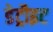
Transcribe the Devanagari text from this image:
डेट्रौइट